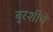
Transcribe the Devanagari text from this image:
बुरशींचे